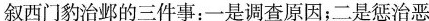
叙西门豹治邺的三件事：一是调查原因；二是惩治恶